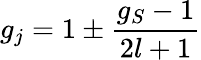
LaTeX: g_{j}=1\pm{\frac{g_{S}-1}{2l+1}}